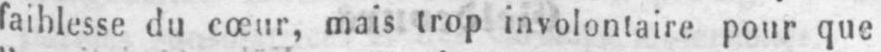
faiblesse du cœur, mais trop involontaire pour que